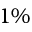
1 \%